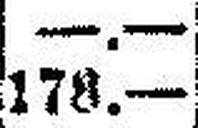
178.—